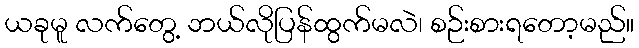
ယခုမူ လက်တွေ့ ဘယ်လိုပြန်ထွက်မလဲ၊ စဉ်းစားရတော့မည်။